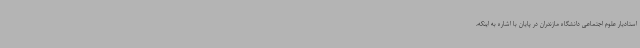
استادیار علوم اجتماعی دانشگاه مازندران در پایان با اشاره به اینکه،